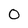
Character: O